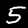
Digit: 5